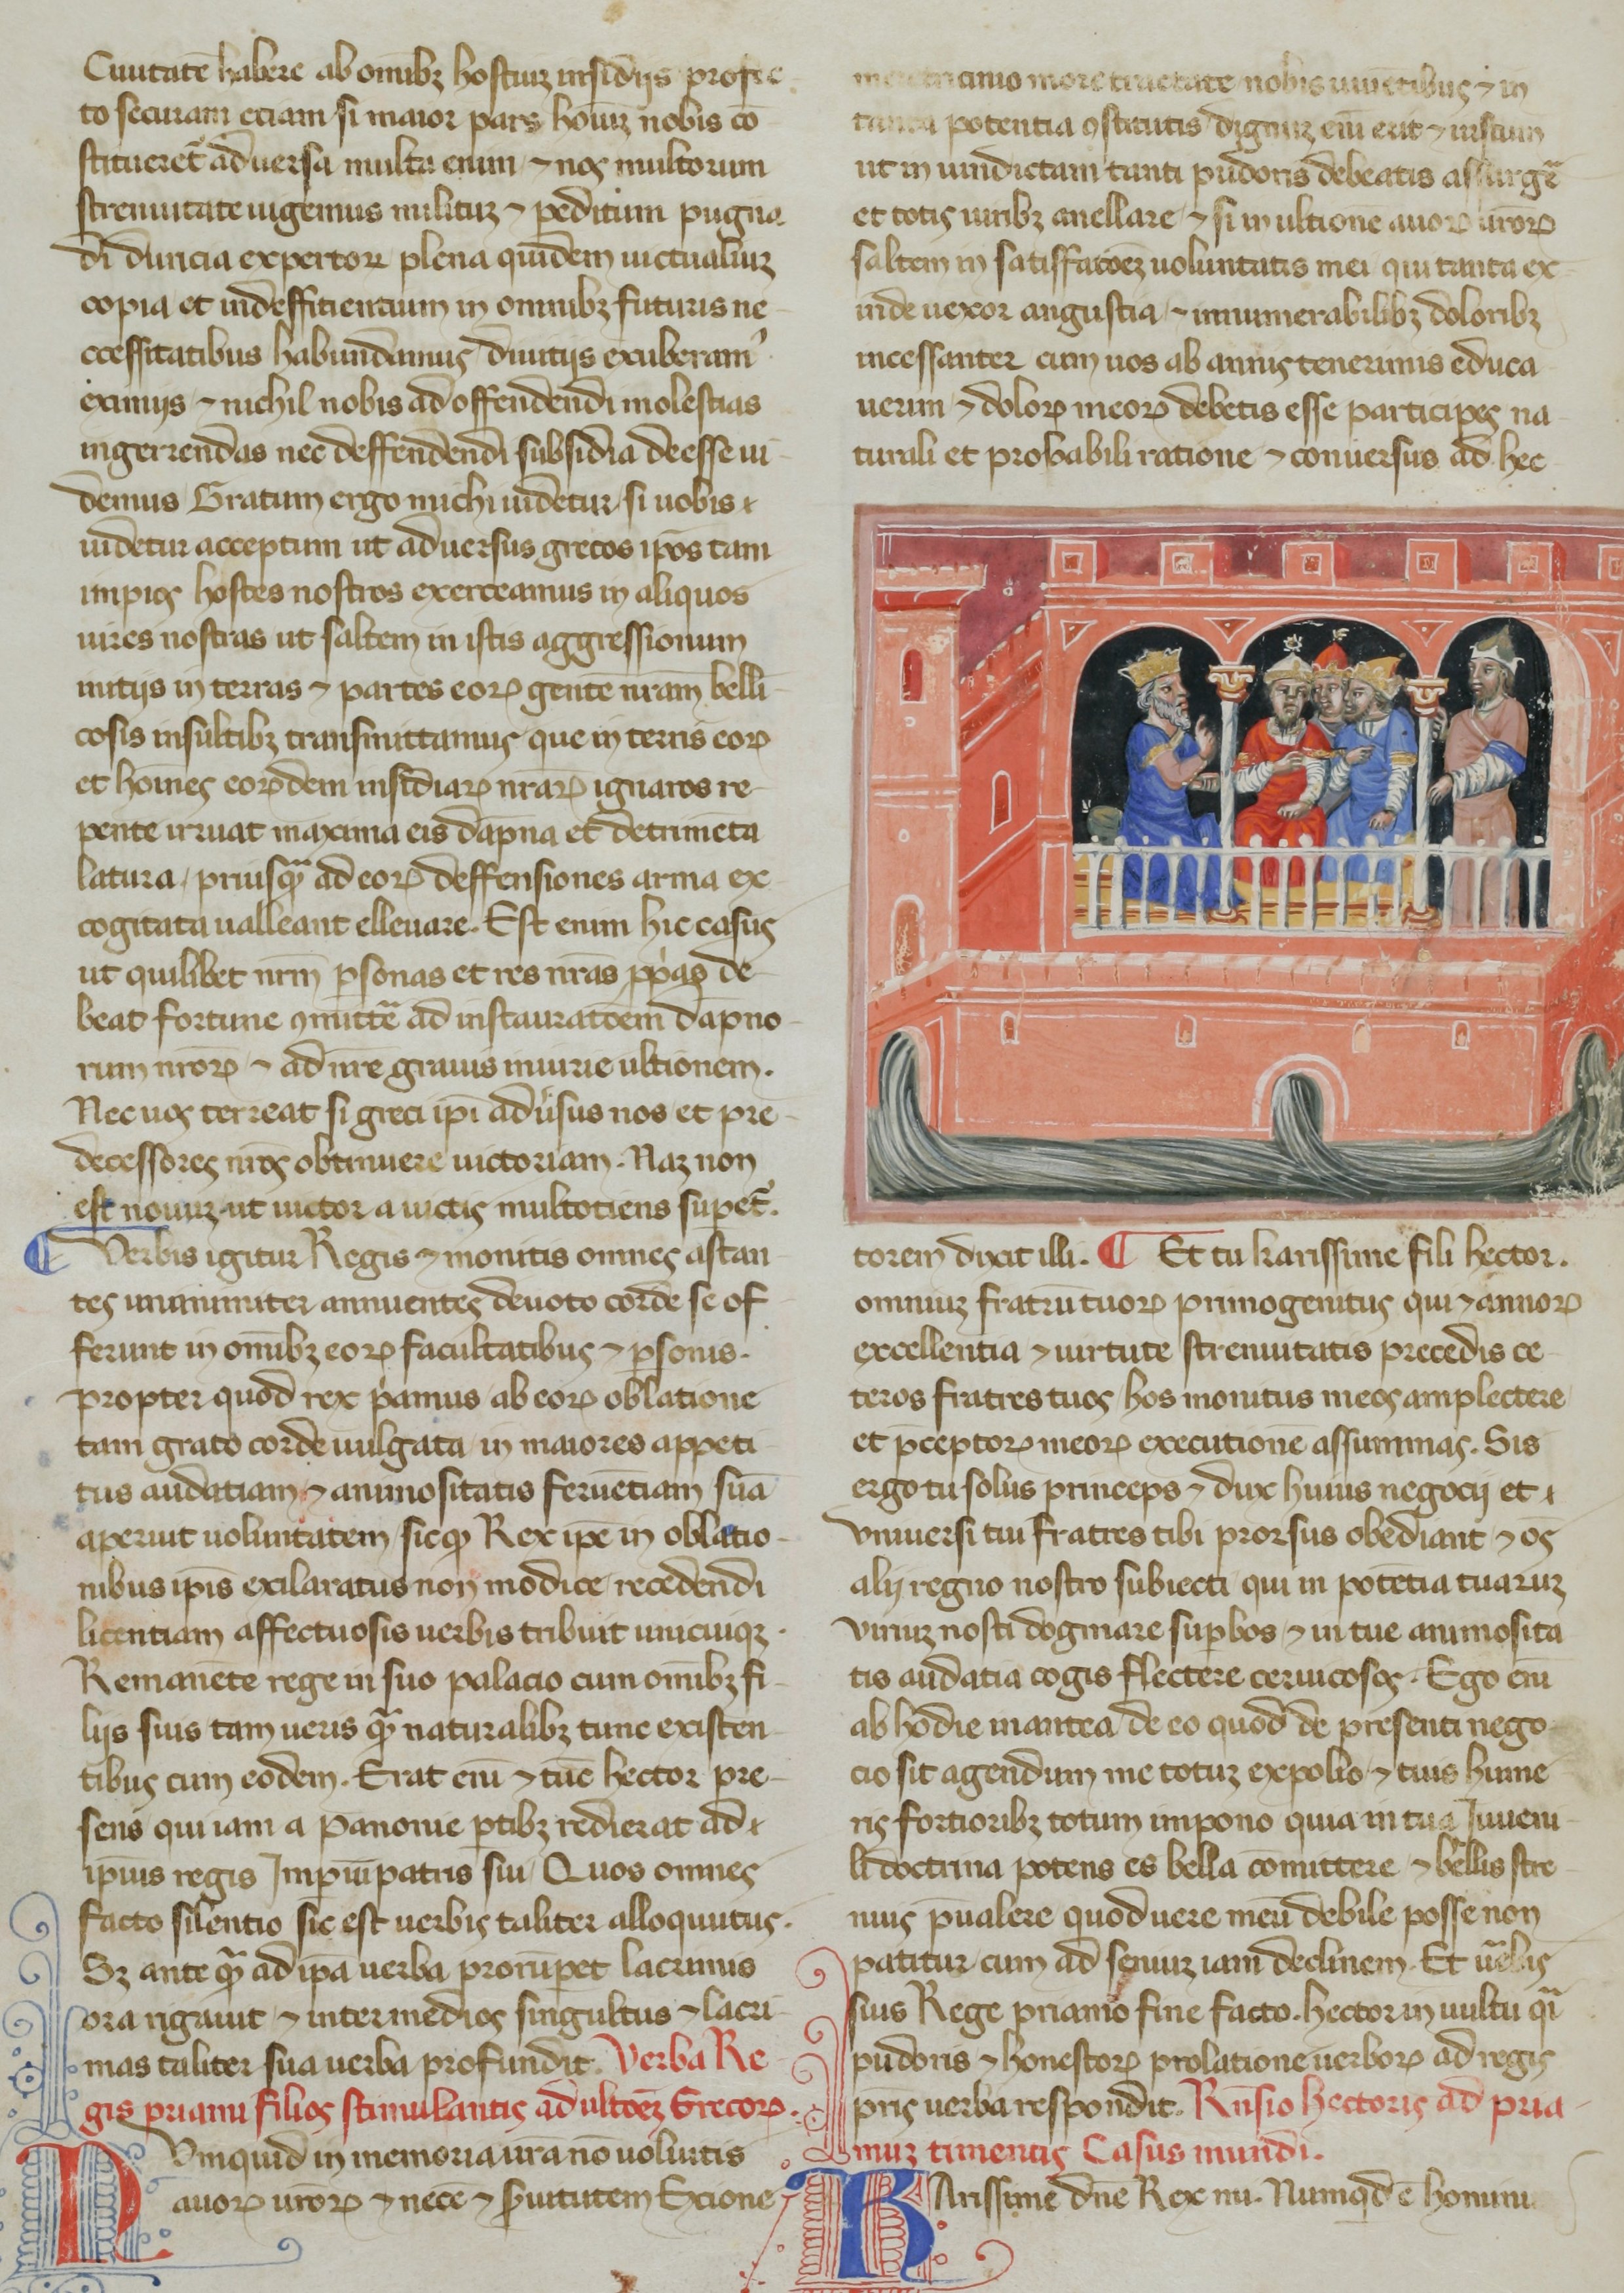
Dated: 1365–1375